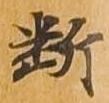
断